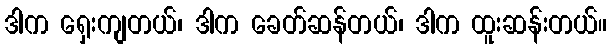
ဒါက ရှေးကျတယ်၊ ဒါက ခေတ်ဆန်တယ်၊ ဒါက ထူးဆန်းတယ်။